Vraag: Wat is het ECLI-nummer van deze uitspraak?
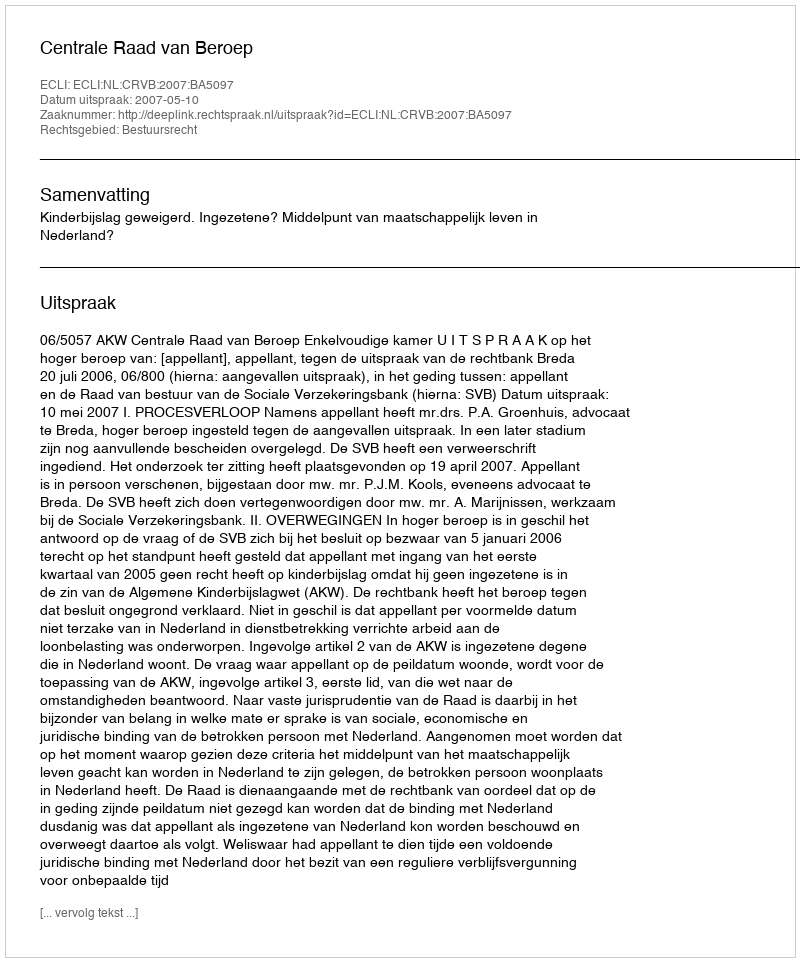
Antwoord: ECLI:NL:CRVB:2007:BA5097